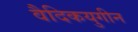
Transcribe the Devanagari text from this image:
वैदिकयुगीन